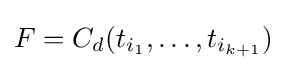
F=C_{d}(t_{i_{1}},\dots ,t_{i_{k+1}})